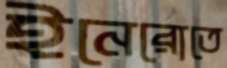
ইনেরোতে